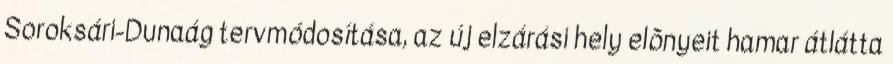
Soroksári-Dunaág tervmódosítása, az új elzárási hely elõnyeit hamar átlátta